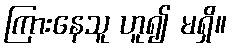
ကြားနေသူ ဟူ၍ မရှိ။